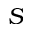
S